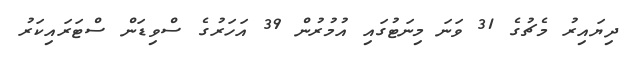
ދިޔައިރު މެޗުގެ 31 ވަނަ މިނަޓުގައި އުމުރުން 39 އަހަރުގެ ސްވިޑަން ސްޓަރައިކަރު